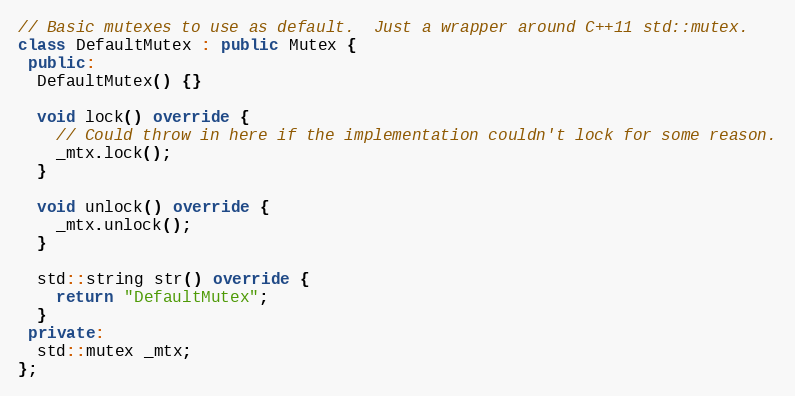
Language: C++
// Basic mutexes to use as default.  Just a wrapper around C++11 std::mutex.
class DefaultMutex : public Mutex {
 public:
  DefaultMutex() {}

  void lock() override {
    // Could throw in here if the implementation couldn't lock for some reason.
    _mtx.lock();
  }

  void unlock() override {
    _mtx.unlock();
  }

  std::string str() override {
    return "DefaultMutex";
  }
 private:
  std::mutex _mtx;
};